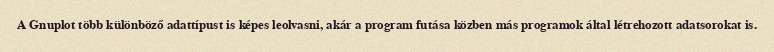
A Gnuplot több különböző adattípust is képes leolvasni, akár a program futása közben más programok által létrehozott adatsorokat is.